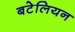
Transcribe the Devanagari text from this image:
बटेलियन